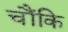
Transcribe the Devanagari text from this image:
चौंकि